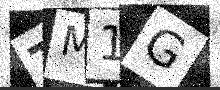
Text: TM1G